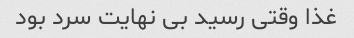
غذا وقتی رسید بی نهایت سرد بود